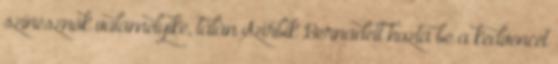
színésznők valamelyike, talán Szirbik Bernadett hozta be a kedvencét